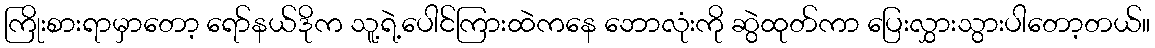
ကြိုးစားရာမှာတော့ ရော်နယ်ဒိုက သူ့ရဲ့ပေါင်ကြားထဲကနေ ဘောလုံးကို ဆွဲထုတ်ကာ ပြေးလွှားသွားပါတော့တယ်။